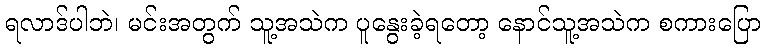
ရလာဒ်ပါဘဲ၊ မင်းအတွက် သူ့အသဲက ပူနွေးခဲ့ရတော့ နောင်သူ့အသဲက စကားပြော